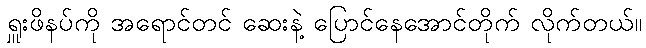
ရှူးဖိနပ်ကို အရောင်တင် ဆေးနဲ့ ပြောင်နေအောင်တိုက် လိုက်တယ်။